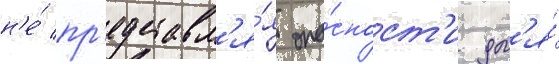
н'е́ пр'едставл'я́я опа́сност'и дл'я́